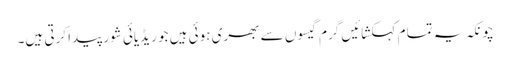
چونکہ یہ تما م کہکشائیں گرم گیسوں سے بھری ہوئی ہیں جو ریڈیائی شور پیدا کرتی ہیں۔